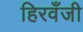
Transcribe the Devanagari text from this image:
हिरवँजी